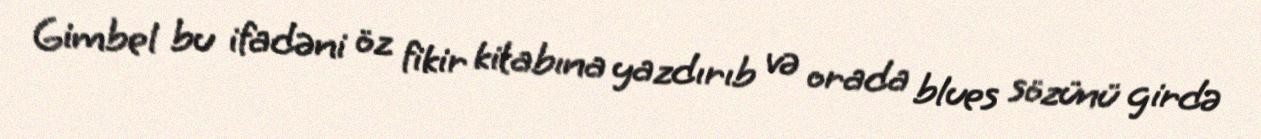
Gimbel bu ifadəni öz fikir kitabına yazdırıb və orada blues sözünü girdə